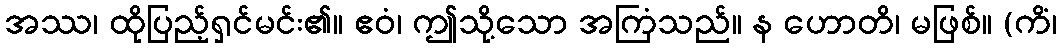
အဿ၊ ထိုပြည့်ရှင်မင်း၏။ ဧဝံ၊ ဤသို့သော အကြံသည်။ န ဟောတိ၊ မဖြစ်။ (ကိံ၊